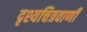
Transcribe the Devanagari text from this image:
दृश्यचित्रवाणी